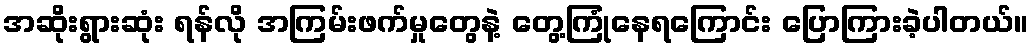
အဆိုးရွားဆုံး ရန်လို အကြမ်းဖက်မှုတွေနဲ့ တွေ့ကြုံနေရကြောင်း ပြောကြားခဲ့ပါတယ်။